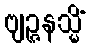
ဗျဉ္ဇနသ္မိံ